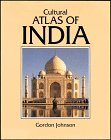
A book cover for India (Cultural Atlas of); Gordon Johnson; History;